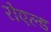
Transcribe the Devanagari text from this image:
रोएल्ड